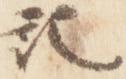
記